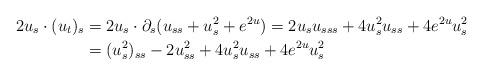
LaTeX: \begin{align*}2 u_s \cdot (u_t)_s & = 2u_s\cdot\partial_s(u_{ss}+u_s^2+e^{2u})=2u_su_{sss}+4u_s^2u_{ss}+4e^{2u}u_s^2 \\ & = (u_s^2)_{ss} -2u_{ss}^2 +4u_s^2u_{ss}+4e^{2u}u_s^2\end{align*}